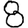
Digit: 8